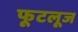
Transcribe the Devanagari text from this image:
फूटलूज